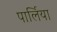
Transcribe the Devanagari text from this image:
पार्लिया